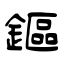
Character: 鏂